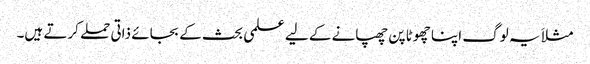
مثلاَ یہ لوگ اپنا چھوٹا پن چھپانے کے لیے علمی بحث کے بجائے ذاتی حملے کرتے ہیں۔